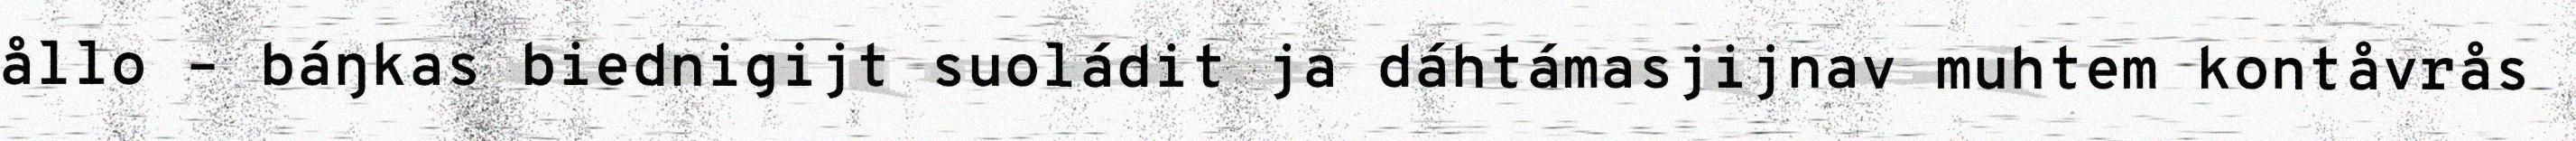
ållo – báŋkas biednigijt suoládit ja dáhtámasjijnav muhtem kontåvrås